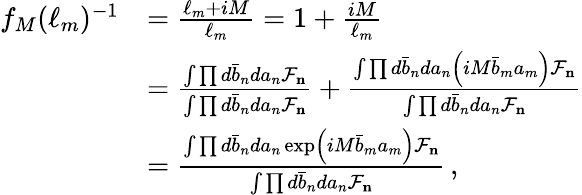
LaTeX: \begin{array}{rl}{f_{M}(\ell_{m})^{-1}}&{=\frac{\ell_{m}+iM}{\ell_{m}}=1+\frac{iM}{\ell_{m}}}\\ &{=\frac{\int\prod d\bar{b}_{n}da_{n}\mathcal{F}_{\mathbf{n}}}{\int\prod d\bar{b}_{n}da_{n}\mathcal{F}_{\mathbf{n}}}+\frac{\int\prod d\bar{b}_{n}da_{n}\left(iM\bar{b}_{m}a_{m}\right)\mathcal{F}_{\mathbf{n}}}{\int\prod d\bar{b}_{n}da_{n}\mathcal{F}_{\mathbf{n}}}}\\ &{=\frac{\int\prod d\bar{b}_{n}da_{n}\exp\left(iM\bar{b}_{m}a_{m}\right)\mathcal{F}_{\mathbf{n}}}{\int\prod d\bar{b}_{n}da_{n}\mathcal{F}_{\mathbf{n}}}\, ,}\end{array}